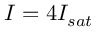
I = 4 I _ { s a t }